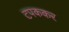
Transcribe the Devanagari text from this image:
टपककर